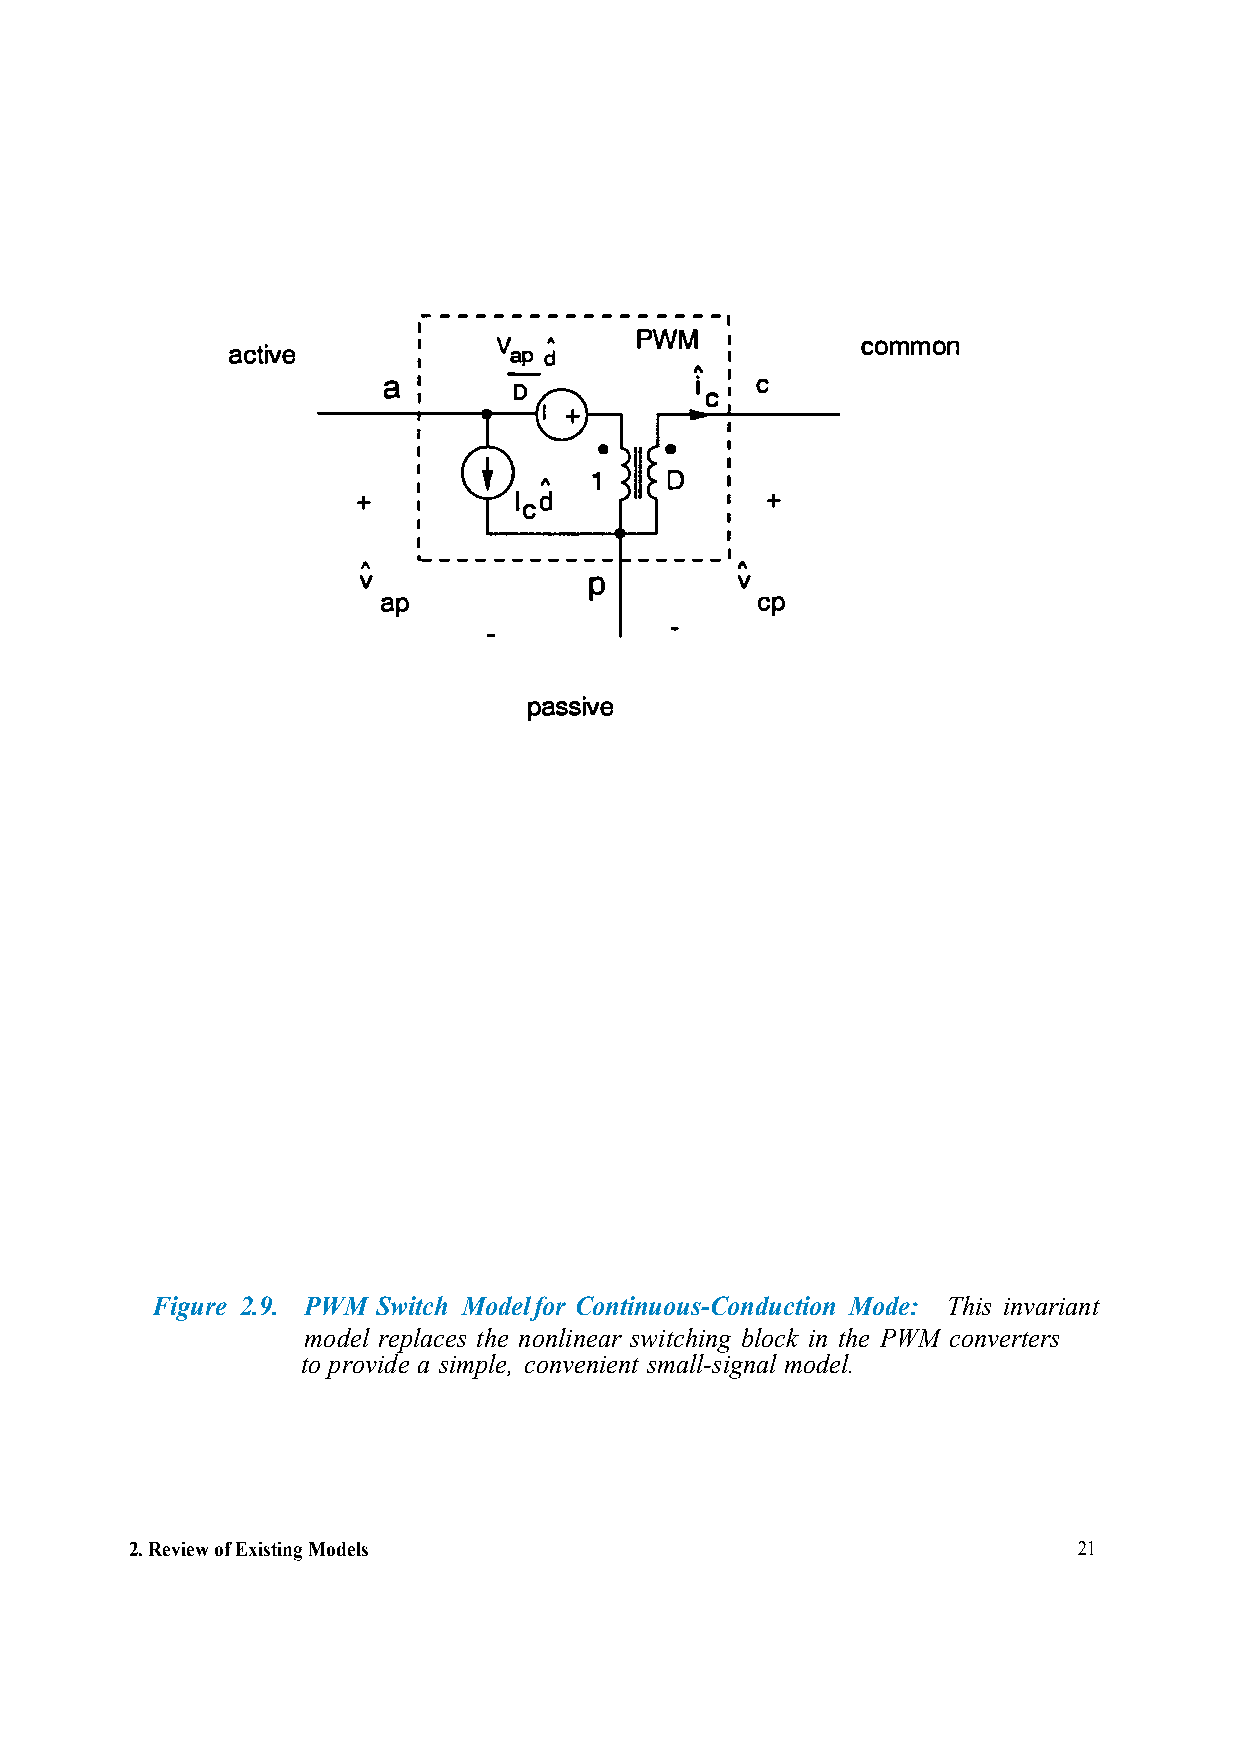
----------------   ,
 I    v     ,. PWM
 active       II    ap d        '!' II     common
 -              I
 aI ,     o           1   C
 c
 •
 1    D
 +                          +
 ·----------------
 •,...
 I\
 v                        v
 p
 ap                       cp
 passive
 Figure 2.9. PWM Switch Model for Continuous-Conduction Mode: This invariant
 model replaces the nonlinear switching block in the PWM converters
 to provide a simple, convenient small-signal model.
 2.Review of Existing Models                                   21